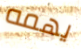
يهمه